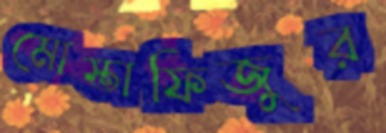
মোস্তাফিজুর